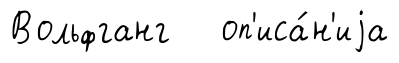
Вольфганг оп'иса́н'иjа